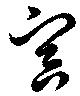
寅